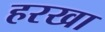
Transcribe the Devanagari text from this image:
हरखा